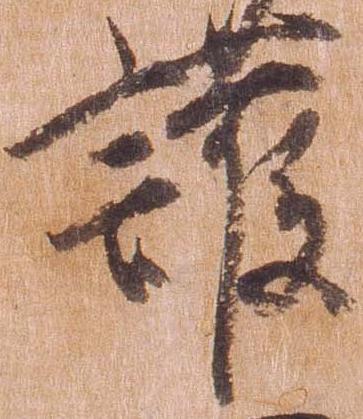
護